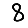
Digit: 8